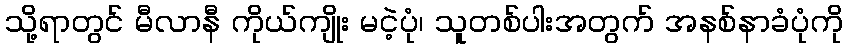
သို့ရာတွင် မီလာနီ ကိုယ်ကျိုး မငဲ့ပုံ၊ သူတစ်ပါးအတွက် အနစ်နာခံပုံကို